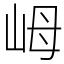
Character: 㟂